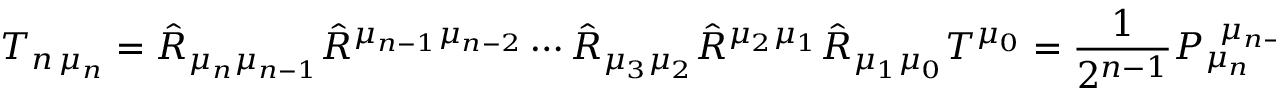
T _ { n \, \mu _ { n } } = \hat { R } _ { \mu _ { n } \mu _ { n - 1 } } \hat { R } ^ { \mu _ { n - 1 } \mu _ { n - 2 } } \cdots \hat { R } _ { \mu _ { 3 } \mu _ { 2 } } \hat { R } ^ { \mu _ { 2 } \mu _ { 1 } } \hat { R } _ { \mu _ { 1 } \mu _ { 0 } } T ^ { \mu _ { 0 } } = \frac { 1 } { 2 ^ { n - 1 } } P _ { \mu _ { n } } ^ { \, \, \, \mu _ { n - 1 } } P _ { \mu _ { n - 1 } } ^ { \, \, \, \mu _ { n - 2 } } \cdots P _ { \mu _ { 3 } } ^ { \, \, \, \mu _ { 2 } } P _ { \mu _ { 2 } } ^ { \, \, \, \mu _ { 1 } } \hat { R } _ { \mu _ { 1 } \mu _ { 0 } } T ^ { \mu _ { 0 } } \, ,